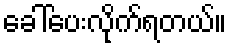
ခေါ်ပေးလိုက်ရတယ်။